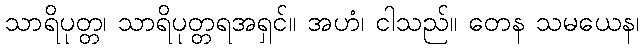
သာရိပုတ္တ၊ သာရိပုတ္တရအရှင်။ အဟံ၊ ငါသည်။ တေန သမယေန၊